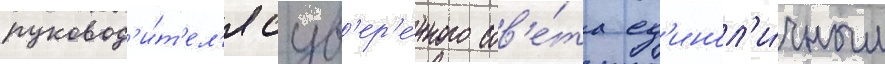
руковод'и́т'ел'я сув'ер'е́нного сов'е́та ед'инол'и́чным